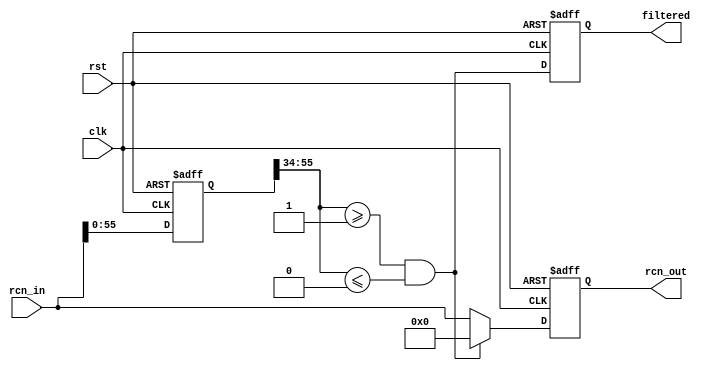
module rcn_filter
(
    input clk,
    input rst,

    input [68:0] rcn_in,
    output [68:0] rcn_out,
    
    output reg filtered
);
    parameter START_0 = 1;
    parameter END_0 = 0;
    parameter START_1 = 1;
    parameter END_1 = 0;
    parameter START_2 = 1;
    parameter END_2 = 0;
    parameter START_3 = 1;
    parameter END_3 = 0;

    reg [68:0] rin;
    reg [68:0] rout;
    
    assign rcn_out = rout;
    
    wire [23:0] addr_start_0 = START_0;
    wire [23:0] addr_end_0 = END_0;
    wire filter_0 = (rin[55:34] >= addr_start_0) && (rin[55:34] <= addr_end_0);
    
    wire [23:0] addr_start_1 = START_1;
    wire [23:0] addr_end_1 = END_1;
    wire filter_1 = (rin[55:34] >= addr_start_1) && (rin[55:34] <= addr_end_1);
    
    wire [23:0] addr_start_2 = START_2;
    wire [23:0] addr_end_2 = END_2;
    wire filter_2 = (rin[55:34] >= addr_start_2) && (rin[55:34] <= addr_end_2);
    
    wire [23:0] addr_start_3 = START_3;
    wire [23:0] addr_end_3 = END_3;
    wire filter_3 = (rin[55:34] >= addr_start_3) && (rin[55:34] <= addr_end_3);
    
    always @ (posedge clk or posedge rst)
        if (rst)
        begin
            rin <= 69'd0;
            rout <= 69'd0;
            filtered <= 1'b0;
        end
        else
        begin
            rin <= rcn_in;
            rout <= (filter_0 || filter_1 || filter_2 || filter_3) ? 69'd0 : rcn_in;
            filtered <= (filter_0 || filter_1 || filter_2 || filter_3);
        end
    

endmodule